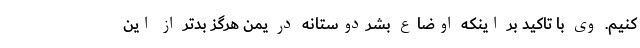
کنیم. وی با تاکید بر اینکه اوضاع بشردوستانه در یمن هرگز بدتر از این